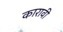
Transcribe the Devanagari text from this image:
कारावी